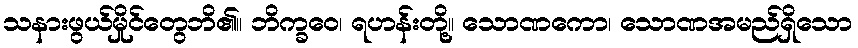
သနားဖွယ်မှိုင်တွေဘိ၏။ ဘိက္ခဝေ၊ ရဟန်းတို့။ သောဏကော၊ သောဏအမည်ရှိသော